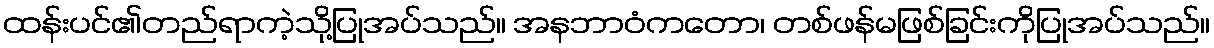
ထန်းပင်၏တည်ရာကဲ့သို့ပြုအပ်သည်။ အနဘာဝံကတော၊ တစ်ဖန်မဖြစ်ခြင်းကိုပြုအပ်သည်။